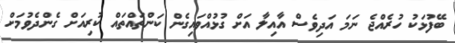
ބޭފުޅަކު ހުރެއްޖެ ނަމަ އަދިވެސް އާއިލާ އަށް ގުޅުއްވައިގެން ކަންތައްތައް ކުރިއަށް ގެންދެވުމަށް